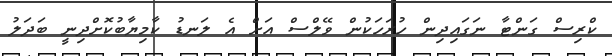
ކްރިސް ގަންޓާ ނަގައިދިން ހުރަހަކުން ވޭލްސް އަށް އެ ލަނޑު ކާމިޔާބުކޮށްދިނީ ބަދަލު